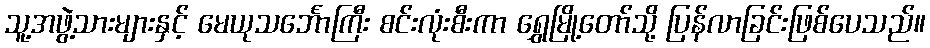
သူ့အဖွဲ့သားများနှင့် မေယုသင်္ဘောကြီး စင်းလုံးစီးကာ ရွှေမြို့တော်သို့ ပြန်လာခြင်းဖြစ်ပေသည်။